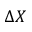
\Delta X